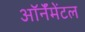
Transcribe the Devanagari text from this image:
ऑर्नॅमेंटल